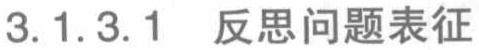
3.1.3.1 反思问题表征